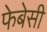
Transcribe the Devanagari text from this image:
फेबेसी